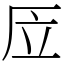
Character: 㕇